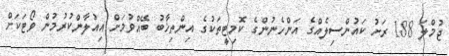
ޖުމްލަ 188 ރަށު ކައުންސިލެއްގެ އަންހެނުންގެ ކޮމިޓީތަކުގެ އިންތިޚާބު ބޭއްވުމަށް އިއުލާންކުރުމުން ވޯޓަކަށް